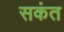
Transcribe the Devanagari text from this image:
सकंत